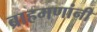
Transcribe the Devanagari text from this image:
ब्राहमणांनी